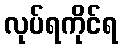
လုပ်ရကိုင်ရ